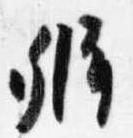
弁